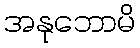
အနုဘောမိ